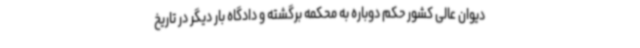
دیوان عالی کشور حکم دوباره به محکمه برگشته و دادگاه بار دیگر در تاریخ